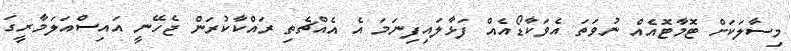
މިސާލަކަށް ޓޮމާޓޮއެއް ނުވަތަ އެވަކާޑޯއެއް ފަޅާލައިފިނަމަ އެ އެއްޗެތި ރައްކާކުރަން ޖެހޭނީ އައިސްއަަލަމާރީގަ